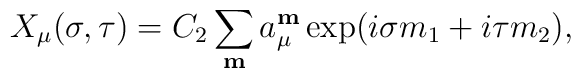
X_\mu(\sigma,\tau)=C_2\sum_{\bf m}a_\mu^{\bf m}\exp(i\sigma m_1+i\tau m_2),